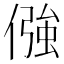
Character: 𠎦